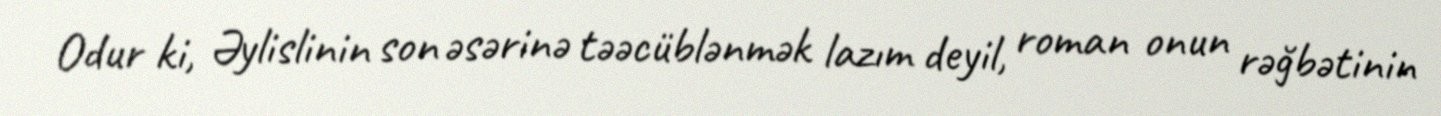
Odur ki, Əylislinin son əsərinə təəcüblənmək lazım deyil, roman onun rəğbətinin